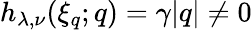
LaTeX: h_{\lambda,\nu}(\xi_{q};q)=\gamma|q|\neq 0